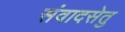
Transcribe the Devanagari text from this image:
संवादसेतु